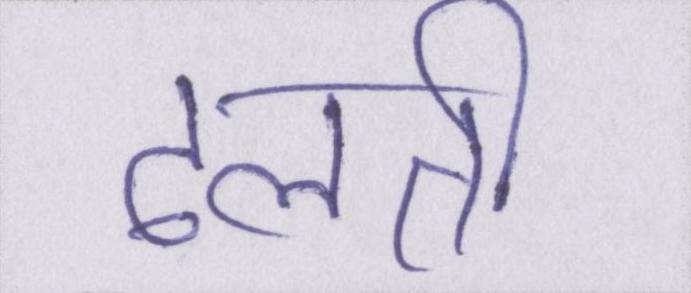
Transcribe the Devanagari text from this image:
ढलती